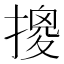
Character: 𱠮